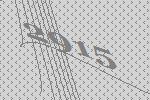
2915